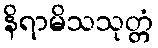
နိရာမိသသုတ္တံ